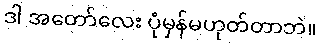
ဒါ အတော်လေး ပုံမှန်မဟုတ်တာဘဲ။